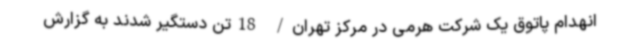
انهدام پاتوق یک شرکت هرمی در مرکز تهران/ 18تن دستگیر شدند به گزارش